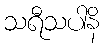
သရီသပါနိ